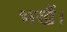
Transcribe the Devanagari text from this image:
भखैं।